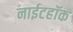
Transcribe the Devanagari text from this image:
नाईटहॉक